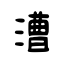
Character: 漕